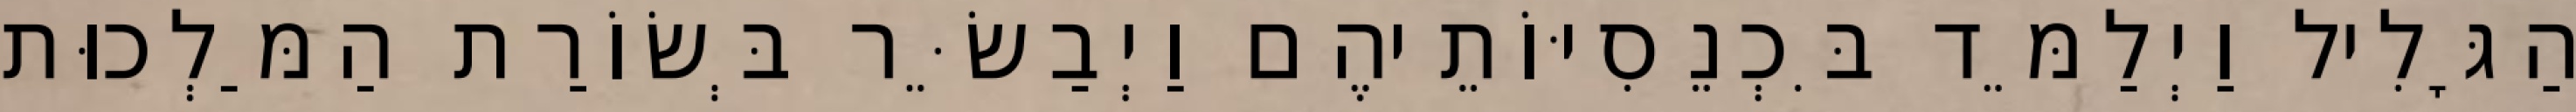
הַגָּלִיל וַיְלַמֵּד בִּכְנֵסִיּוֹתֵיהֶם וַיְבַשֵּׂר בְּשׂוֹרַת הַמַּלְכוּת